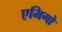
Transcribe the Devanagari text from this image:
एमिगो